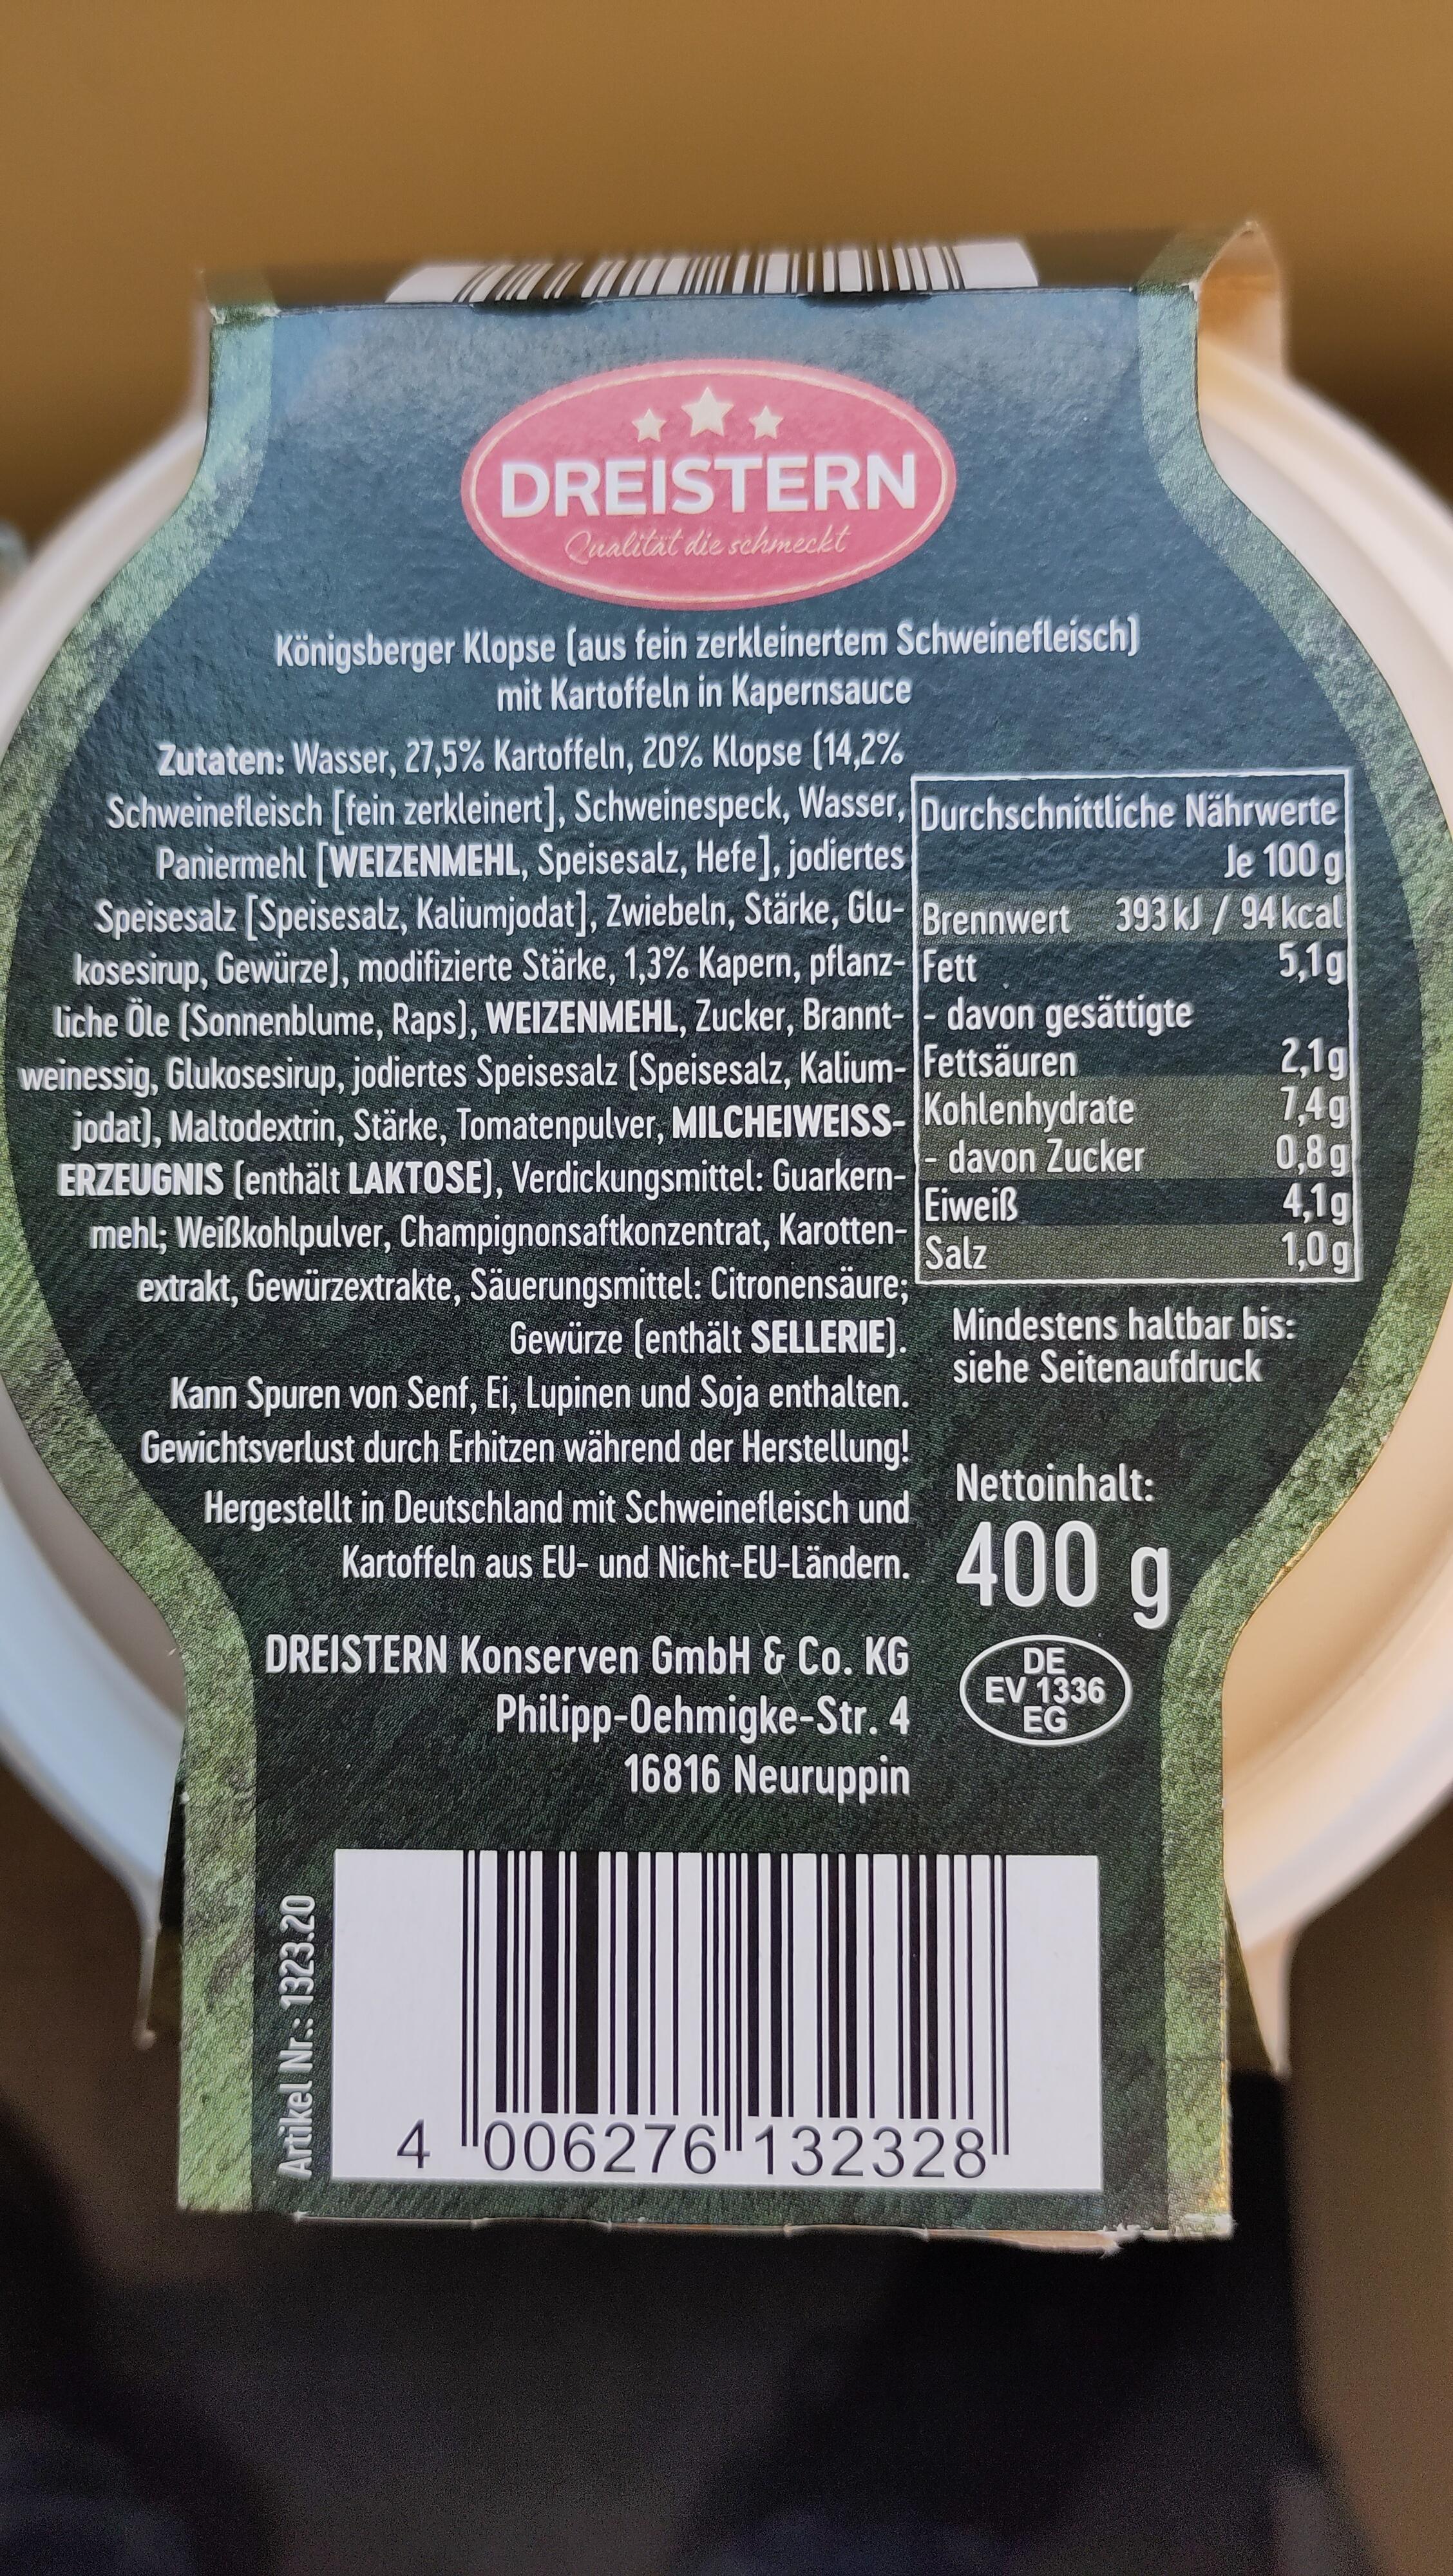
DREISTERN
Qualität die schmeckt
Königsberger Klopse (aus fein zerkleinertem Schweinefleisch) mit Kartoffeln in Kapernsauce
Zutaten: Wasser, 27,5% Kartoffeln, 20% Klopse [14,2%
Schweinefleisch [fein zerkleinert], Schweinespeck, Wasser, Durchschnittliche Nährwerte Paniermehl [WEIZENMEHL, Speisesalz, Hefe], jodiertes
Je 100
Speisesalz [Speisesalz, Kaliumjodat], Zwiebeln, Stärke, Glu- Brennwert 393 kJ / 94 kcal kosesirup, Gewürze), modifizierte Stärke, 1,3% Kapern, pflanz- Fett
5,1g
liche Öle (Sonnenblume, Raps), WEIZENMEHL, Zucker, Brannt-- davon gesättigte weinessig, Glukosesirup, jodiertes Speisesalz (Speisesalz, Kalium- Fettsäuren
jodat), Maltodextrin, Stärke, Tomatenpulver, MILCHEIWEISS-Kohlenhydrate ERZEUGNIS (enthält LAKTOSE), Verdickungsmittel: Guarkern-davon Zucker Eiweiß mehl; Weißkohlpulver, Champignonsaftkonzentrat, KarottenSalz extrakt, Gewürzextrakte, Säuerungsmittel: Citronensäure;
Gewürze (enthält SELLERIE).
Kann Spuren von Senf, Ei, Lupinen und Soja enthalten. Gewichtsverlust durch Erhitzen während der Herstellung! Hergestellt in Deutschland mit Schweinefleisch und Kartoffeln aus EU- und Nicht-EU-Ländern.
DREISTERN Konserven GmbH & Co. KG
Philipp-Oehmigke-Str. 4 16816 Neuruppin
Artikel Nr.: 1323.20
Mindestens haltbar bis: siehe Seitenaufdruck
Nettoinhalt:
400 g
DE EV 1336 EG
2,1g
1,4g
0,8g
4,1g
1,0g
4 006276132328